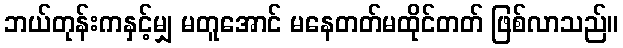
ဘယ်တုန်းကနှင့်မျှ မတူအောင် မနေတတ်မထိုင်တတ် ဖြစ်လာသည်။